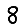
Digit: 8